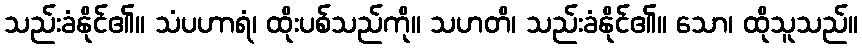
သည်းခံနိုင်၏။ သံပဟာရံ၊ ထိုးပစ်သည်ကို။ သဟတိ၊ သည်းခံနိုင်၏။ သော၊ ထိုသူသည်။